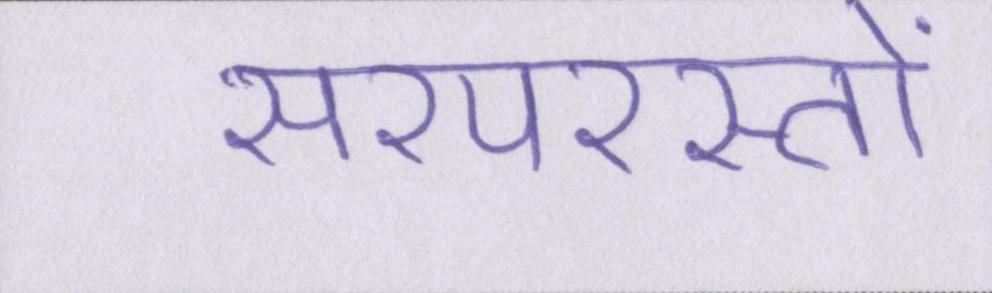
सरपरस्तों